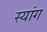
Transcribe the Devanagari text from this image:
स्‍यांग